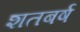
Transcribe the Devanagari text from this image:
शतबर्ष